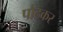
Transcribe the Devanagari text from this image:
पौढकर